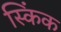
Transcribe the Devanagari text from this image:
स्किंक